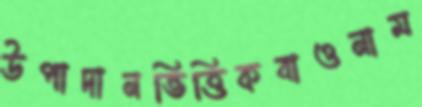
উপাদানভিত্তিকবাওনাম